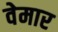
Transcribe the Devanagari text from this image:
वेमार